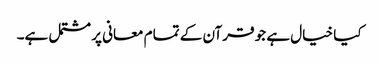
کیا خیال ہے جو قرآن کے تمام معانی پر مشتمل ہے۔